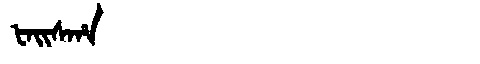
Manchu: ᡶᠠᡳᠰᡥᠠ
Romanization: FAISHA